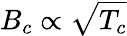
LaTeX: B_{c}\propto\sqrt{T_{c}}